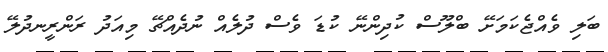
ބަލި ވެއްޖެކަމަށޭ ބްލޫސް ކުދިންނޭ ކުޑަ ވެސް ދުލެއް ނުދެއްޗޭ މިއަދު ރަންރީނދުލޭ